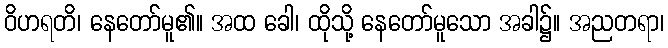
ဝိဟရတိ၊ နေတော်မူ၏။ အထ ခေါ၊ ထိုသို့ နေတော်မူသော အခါ၌။ အညတရာ၊